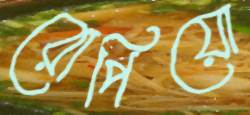
রোপিয়ো